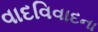
વાદવિવાદના